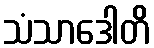
သံသာဒေါတိ